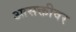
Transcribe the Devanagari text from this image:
आसक्तीवर